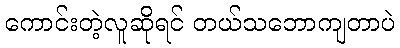
ကောင်းတဲ့လူဆိုရင် တယ်သဘောကျတာပဲ